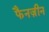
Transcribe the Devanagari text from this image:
फैनज़ीन